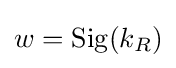
w=\operatorname {Sig} (k_{R})